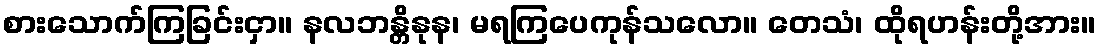
စားသောက်ကြခြင်းငှာ။ နလဘန္တိနုန၊ မရကြပေကုန်သလော။ တေသံ၊ ထိုရဟန်းတို့အား။